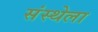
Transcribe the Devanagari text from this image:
संस्‍थ्‍ोला